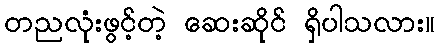
တညလုံးဖွင့်တဲ့ ဆေးဆိုင် ရှိပါသလား။